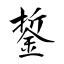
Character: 銴